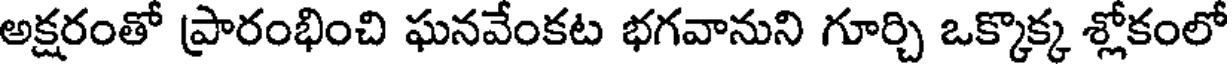
అక్షరంతో ప్రారంభించి ఘనవేంకట భగవానుని గూర్చి ఒక్కొక్క శ్లోకంలో